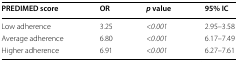
| PREDIMED score | OR | p value | 95% IC |
 | --- | --- | --- | --- |
 | Low adherence | 3.25 | <0.001 | 2.95–3.58 |
 | Average adherence | 6.80 | <0.001 | 6.17–7.49 |
 | Higher adherence | 6.91 | <0.001 | 6.27–7.61 |